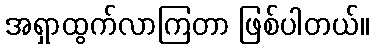
အရှာထွက်လာကြတာ ဖြစ်ပါတယ်။